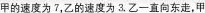
甲的速度为7，乙的速度为3.乙一直向东走，甲